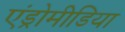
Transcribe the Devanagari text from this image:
एंड्रोमीडिया